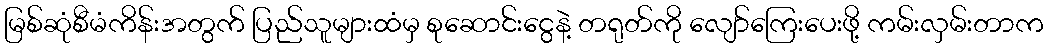
မြစ်ဆုံစီမံကိန်းအတွက် ပြည်သူများထံမှ စုဆောင်းငွေနဲ့ တရုတ်ကို လျော်ကြေးပေးဖို့ ကမ်းလှမ်းတာက